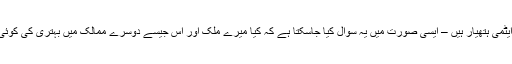
اس نظام کی حفاظت کے لئے حکومت کے پاس وافر تعداد میں اسلحہ، ٹینک اور اب ایٹمی ہتھیار ہیں – ایسی صورت میں یہ سوال کیا جاسکتا ہے کہ کیا میرے ملک اور اس جیسے دوسرے ممالک میں بہتری کی کوئی امید ہے اور یہ کیسے ممکن ہے کہ ہم انسانیت کی مسلسل ترقی میں شامل ہوسکیں ۔